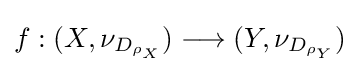
f:(X,\nu _{D_{\rho _{X}}})\longrightarrow (Y,\nu _{D_{\rho _{Y}}})